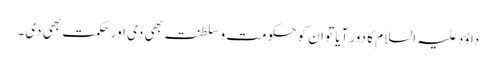
داؤد علیہ السلام کا دور آیا تو ان کو حکومت و سلطنت بھی دی اور حکمت بھی دی۔